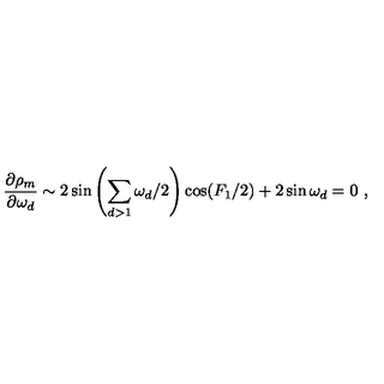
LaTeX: \frac { \partial \rho _ { m } } { \partial \omega _ { d } } \sim 2 \sin \left( \sum _ { d > 1 } \omega _ { d } / 2 \right) \cos ( F _ { 1 } / 2 ) + 2 \sin \omega _ { d } = 0 \ ,